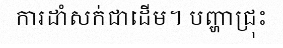
ការដាំសក់ជាដើម។ បញ្ហាជ្រុះ